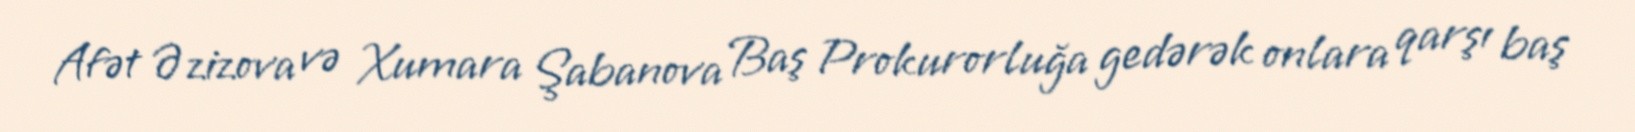
Afət Əzizova və Xumara Şabanova Baş Prokurorluğa gedərək onlara qarşı baş